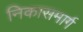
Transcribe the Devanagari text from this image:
निकासमार्ग